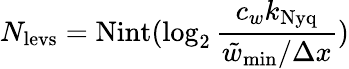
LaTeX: N_{\mathrm{levs}}=\mathrm{Nint}(\log_{2}\frac{c_{w}k_{\mathrm{Nyq}}}{\tilde{w}_{\mathrm{min}}/\Delta x})